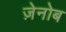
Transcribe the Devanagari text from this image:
ज़ेनोब